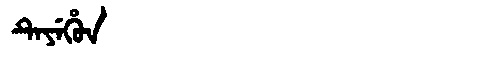
Manchu: ᡨᡝᠶᡝᡥᡠᠨ
Romanization: TEYEHUN